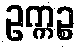
ဥက္ကဉ္စ